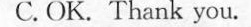
C. OK. Thank you.